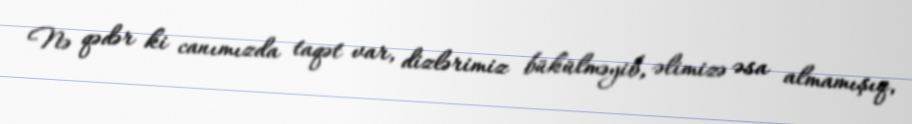
Nə qədər ki canımızda taqət var, dizlərimiz bükülməyib, əlimizə əsa almamışıq,